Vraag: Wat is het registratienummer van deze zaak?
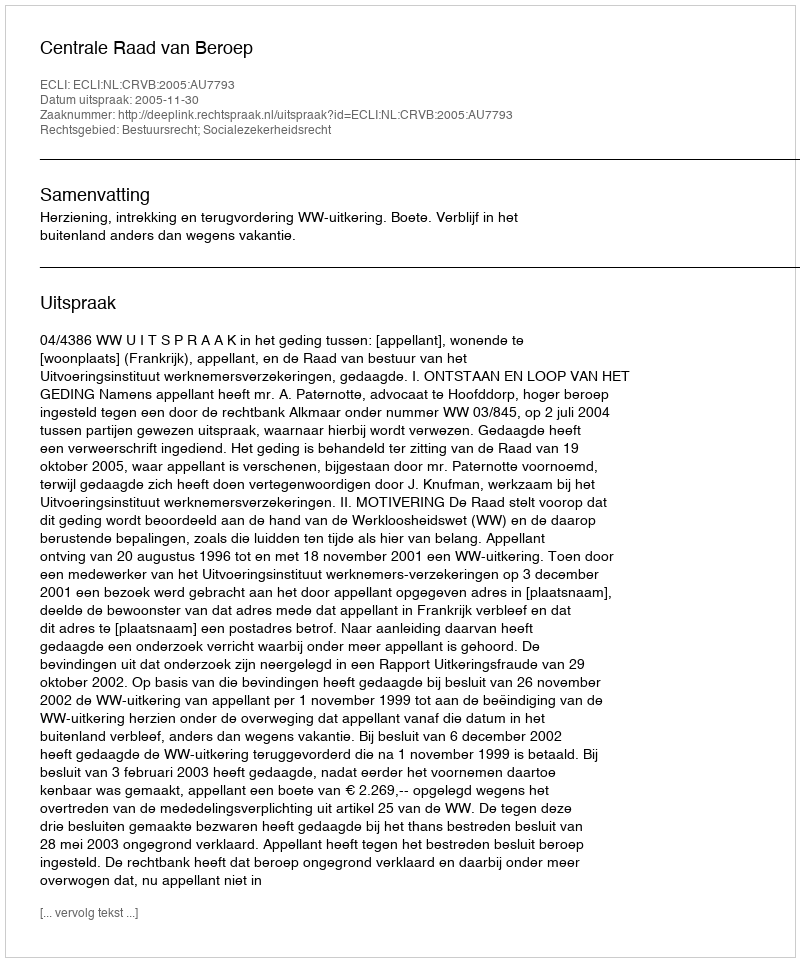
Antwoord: http://deeplink.rechtspraak.nl/uitspraak?id=ECLI:NL:CRVB:2005:AU7793